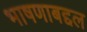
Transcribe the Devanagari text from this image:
भाषणाबद्दल